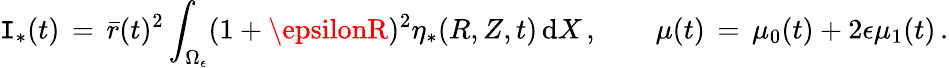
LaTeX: \mathtt{I}_{*}(t)\, =\, \bar{{r}}(t)^{2}\int_{\Omega_{\epsilon}}(1+\epsilonR)^{2}\eta_{*}(R,Z,t)\, \mathrm{{d}}X\, ,\qquad\mu(t)\, =\, \mu_{0}(t)+2\epsilon\mu_{1}(t)\, .